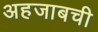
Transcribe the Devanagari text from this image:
अहजाबची